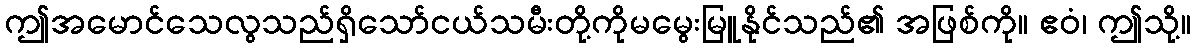
ဤအမောင်သေလွသည်ရှိသော်ငယ်သမီးတို့ကိုမမွေးမြူနိုင်သည်၏ အဖြစ်ကို။ ဧဝံ၊ ဤသို့။